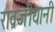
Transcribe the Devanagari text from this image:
रावजीयानी